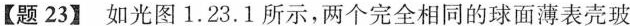
【题23】如光图1.23.1所示，两个完全相同的球面薄表壳玻